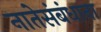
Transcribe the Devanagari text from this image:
नातेसंबंधाना